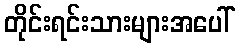
တိုင်းရင်းသားများအပေါ်